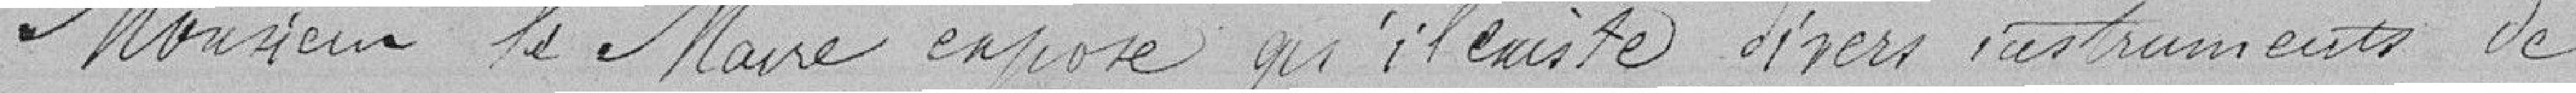
Monsieur le Maire expose qu'il existe divers instruments de